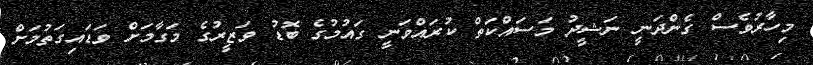
މިހާރުވެސް ގެންދަނީ ނަޝީދު މަސައްކަތް ކުރައްވަނީ ގައުމުގެ ބޮޑު ވަޒީރުގެ މަގާމަށް ވަޑައިގަތުމަށް